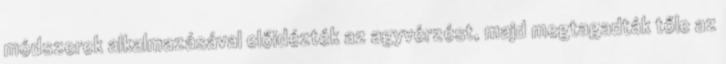
módszerek alkalmazásával előidézték az agyvérzést, majd megtagadták tőle az